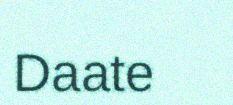
Daate